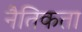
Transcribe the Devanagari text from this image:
नैतिकता